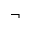
\neg